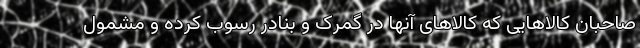
صاحبان کالاهایی که کالاهای آنها در گمرک و بنادر رسوب کرده و مشمول